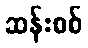
ဆန်းစစ်